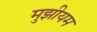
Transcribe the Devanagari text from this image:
मुझीयम